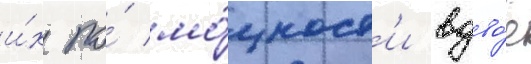
и́х по́ мо́щност'и вдво́е